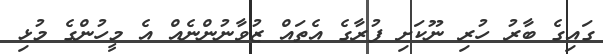
ގައިގެ ބާރު ހުރި ނޫކަށި ފުރާގެ އެތައް ޒުވާނުންނެއް އެ މީހުންގެ މުޅި